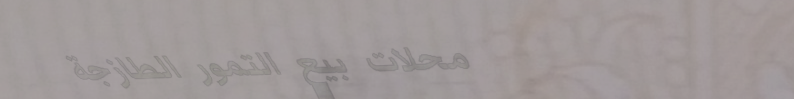
محلات بيع التمور الطازجة